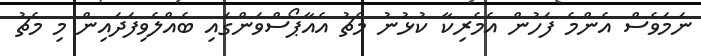
ނަމަވެސް އެންމެ ފަހުން އެމެރިކާ ކުޅުނު މެޗު އެއާޕޯސްވަންގައި ބެއްލެވިފަދައިން މި މެޗު